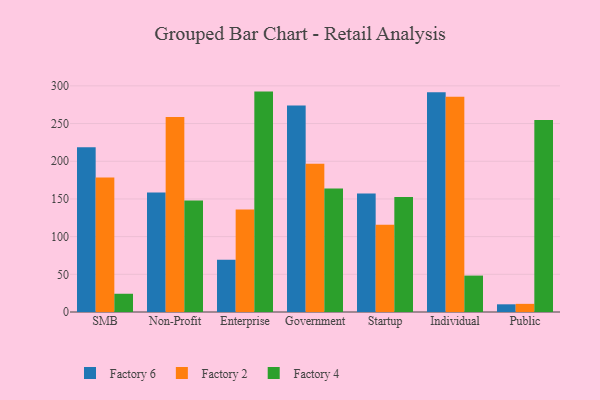
{"axis": {"x": "Segment", "y": "Humidity (%)"}, "legend": ["Factory 2", "Factory 4", "Factory 6"], "data": [{"x": "SMB", "y": 218.6, "type": "Factory 6"}, {"x": "SMB", "y": 178.4, "type": "Factory 2"}, {"x": "SMB", "y": 24.2, "type": "Factory 4"}, {"x": "Non-Profit", "y": 158.5, "type": "Factory 6"}, {"x": "Non-Profit", "y": 258.8, "type": "Factory 2"}, {"x": "Non-Profit", "y": 148.0, "type": "Factory 4"}, {"x": "Enterprise", "y": 69.2, "type": "Factory 6"}, {"x": "Enterprise", "y": 136.1, "type": "Factory 2"}, {"x": "Enterprise", "y": 292.4, "type": "Factory 4"}, {"x": "Government", "y": 273.9, "type": "Factory 6"}, {"x": "Government", "y": 196.8, "type": "Factory 2"}, {"x": "Government", "y": 163.7, "type": "Factory 4"}, {"x": "Startup", "y": 157.3, "type": "Factory 6"}, {"x": "Startup", "y": 115.8, "type": "Factory 2"}, {"x": "Startup", "y": 152.6, "type": "Factory 4"}, {"x": "Individual", "y": 291.5, "type": "Factory 6"}, {"x": "Individual", "y": 285.7, "type": "Factory 2"}, {"x": "Individual", "y": 48.3, "type": "Factory 4"}, {"x": "Public", "y": 10.2, "type": "Factory 6"}, {"x": "Public", "y": 10.8, "type": "Factory 2"}, {"x": "Public", "y": 254.7, "type": "Factory 4"}]}